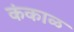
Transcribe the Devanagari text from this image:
कंकाळ